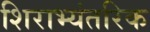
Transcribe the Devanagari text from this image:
शिराभ्यंतरिक